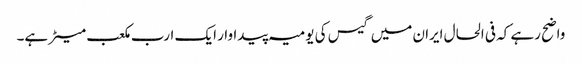
واضح رہے کہ فی الحال ایران میں گیس کی یومیہ پیداوار ایک ارب مکعب میٹر ہے۔